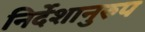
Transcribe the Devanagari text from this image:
निर्देशानुरुप